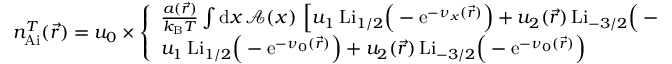
\begin{array} { r } { n _ { \mathrm { A i } } ^ { T } ( \vec { r } ) = u _ { 0 } \times \left\{ \begin{array} { l l } { \frac { a ( \vec { r } ) } { k _ { \mathrm { B } } T } \int \mathrm { d } x \, \mathcal { A } ( x ) \, \left[ u _ { 1 } \, \mathrm { L i } _ { 1 / 2 } \Big ( - \mathrm { e } ^ { - \nu _ { x } ( \vec { r } ) } \Big ) + u _ { 2 } ( \vec { r } ) \, \mathrm { L i } _ { - 3 / 2 } \Big ( - \mathrm { e } ^ { - \nu _ { x } ( \vec { r } ) } \Big ) \right] } & { , \; a ( \vec { r } ) > 0 } \\ { u _ { 1 } \, \mathrm { L i } _ { 1 / 2 } \Big ( - \mathrm { e } ^ { - \nu _ { 0 } ( \vec { r } ) } \Big ) + u _ { 2 } ( \vec { r } ) \, \mathrm { L i } _ { - 3 / 2 } \Big ( - \mathrm { e } ^ { - \nu _ { 0 } ( \vec { r } ) } \Big ) } & { , \; a ( \vec { r } ) = 0 } \end{array} \right. } \end{array}